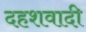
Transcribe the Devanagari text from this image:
दहशवादी